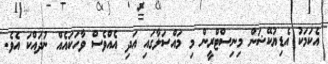
އެކަމަކު އެޑިޔުކޭޝަން މިނިސްޓްރީން މި މައްސަލާގައި އަދި އެއްވެސް ވާހަކައެއް ނުދައްކަ އެވެ.